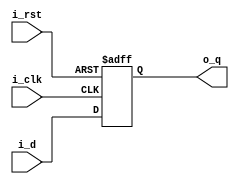
module dff_pos(
	output reg		o_q,
	input			i_d,
	input			i_clk,
	input 			i_rst
);

	always @(posedge i_clk or posedge i_rst) begin 
		if(i_rst) begin
			o_q <= 1'b0;
		end else begin
			o_q <= i_d;
		end
	end
endmodule